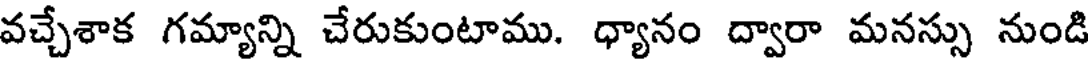
వచ్చేశాక గమ్యాన్ని చేరుకుంటాము. ధ్యానం ద్వారా మనస్సు నుండి